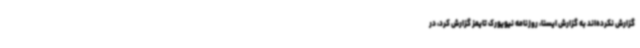
گزارش نکرده‌اند به گزارش ایسنا، روزنامه نیویورک تایمز گزارش کرد، در